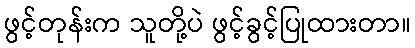
ဖွင့်တုန်းက သူတို့ပဲ ဖွင့်ခွင့်ပြုထားတာ။